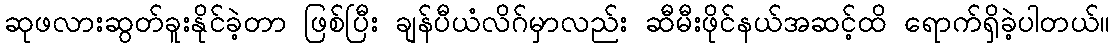
ဆုဖလားဆွတ်ခူးနိုင်ခဲ့တာ ဖြစ်ပြီး ချန်ပီယံလိဂ်မှာလည်း ဆီမီးဖိုင်နယ်အဆင့်ထိ ရောက်ရှိခဲ့ပါတယ်။